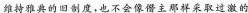
维持雅的旧制度，也不会像僭主那样采取过激的